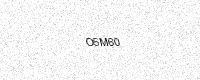
Text: O5M60